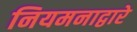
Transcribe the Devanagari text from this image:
नियमनाद्वारे